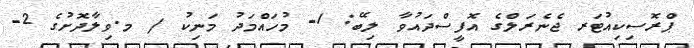
ޕްރޮސިކިއުޓަރ ޖެނެރަލްގެ އޮފީސްދައުވާ ލިބޭ: 1- މުހައްމަދު މަނިކު / މ.ވިލާދޮށުގެ 2-